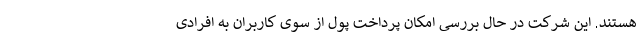
هستند. این شرکت در حال بررسی امکان پرداخت پول از سوی کاربران به افرادی